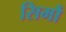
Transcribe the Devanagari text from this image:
सिमौं